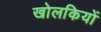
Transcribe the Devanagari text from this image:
खोलकियों